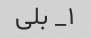
۱_ بلی